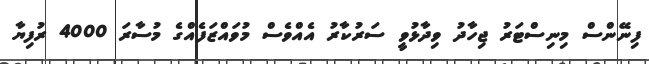
ފިނޭންސް މިނިސްޓަރު ޖިހާދު ވިދާޅުވީ ސަރުކާރު އެއްވެސް މުވައްޒަފެއްގެ މުސާރަ 4000 ރުފިޔާ